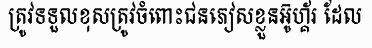
ត្រូវទទួលខុសត្រូវចំពោះជនភៀសខ្លួនអ៊ូហ្គ័រ ដែល